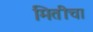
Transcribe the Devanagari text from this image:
मितीचा